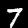
Digit: 7